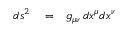
\begin{array} { r l r } { d s ^ { 2 } } & { { } = } & { g _ { \mu \nu } \, d x ^ { \mu } d x ^ { \nu } } \end{array}